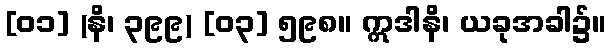
[၀၁] (နိ၊ ၃၉၉) [၀၃] ၅၉၈။ ဣဒါနိ၊ ယခုအခါ၌။